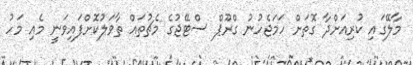
މާލޭގައި ކުރިއަށްދާ ގޮތަށް ހަމަޖެހުނު ގްރޫޕް ސްޓޭޖުގެ މެޗުތައް ތާވަލުކޮށްފައިވަނީ މެއި މަހު